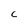
Character: C